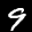
Label: 9